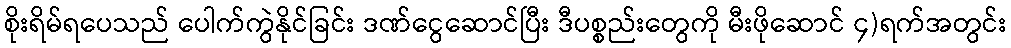
စိုးရိမ်ရပေသည် ပေါက်ကွဲနိုင်ခြင်း ဒဏ်ငွေဆောင်ပြီး ဒီပစ္စည်းတွေကို မီးဖိုဆောင် ၄)ရက်အတွင်း